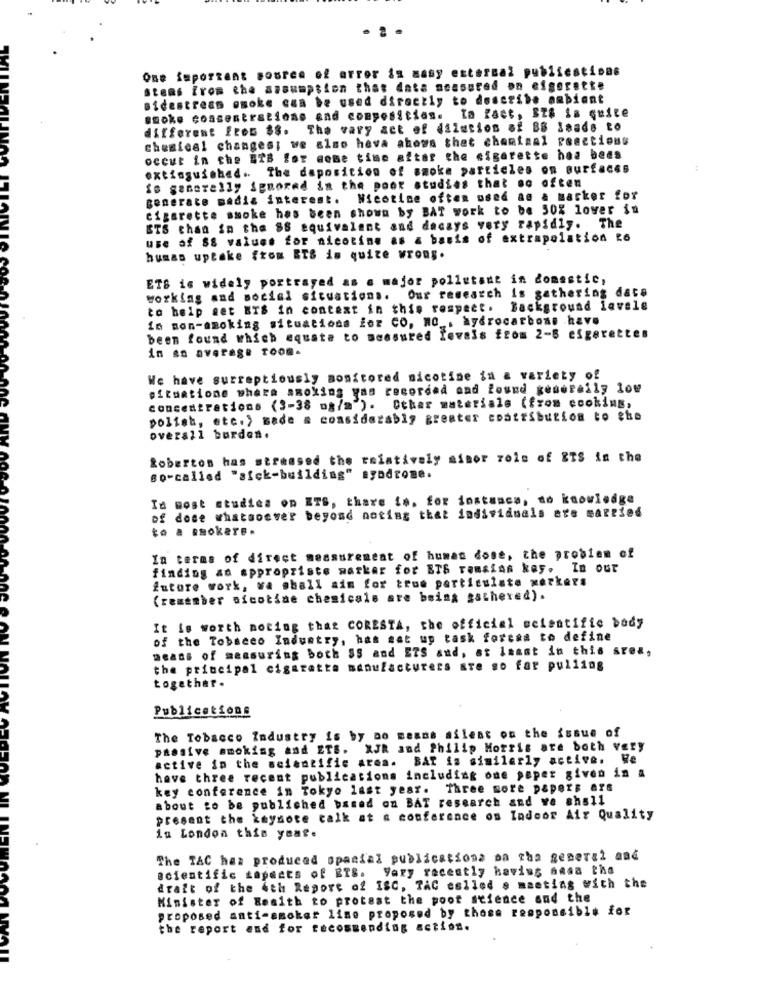
. . .
One important sosren of error is masy external publiestinas
stems from the assumption that data measured on eigerette
sidestream onoke cza be used directly to describe ambiant
onoke consentrations and composition. In fact, SZ# is quite
different from $8. The vary act of dilution af BB leads to
chemical changes; we also hava abows that chemical reactions
oceut in the ETB for mose time after the cigarette has been
extinguished .. The daposition of smoke particles on surfaces
Is generally ignored in the poor studies that so often
generate media interest. Nicotine often used an & marker for
cigarette smoke has been shown by BAT work to be 50% lower in
STS than in the SS equivalent and decays very rapidly. The
use af 88 values for nicotine as a basis of extrapolation 26
human uptake {tom ETS is quite wrong.
ETS is widely portrayed as a major pollutant in domestic,
working and social situations. Our research is gathering dass
to help set ETS in context in this respect. Background lavele
in non-smoking situations for Co, NO , hydrocarbons have
been found which equate to measured Invais from 2-5 efgerettes
in so average room.
We have surreptiously monitored nicotine in a variety of
situatione where smoking yas recorded and found generally low
concentrations (3-38 os/="). Other materials (from ecoking,
polist, etc.) sade s considerably greater coatribution to the
overall burden.
Roberton has stressed the raintively sinor rois of ITS in the
so-called "sick-building" syndrome.
In most studies on ITS, there is, for instance, no knowledge
of dose whatsoever beyond noting that individuals are married
to a smokere.
In terms of direct measurement of human done, the problem of
finding an appropriste marker for ETS ramsias key. In our
future work, wa shall aim for true particulate werkers
(remember nicotine chemicals are being gathered).
It is worth noting that CORESTA, the official scientific body
of the Tobacco Industry, has sat up task foresa to define
means of measuring both SS and ETS and, at least in this area,
the principal cigarette manufacturers are so far pulling
together.
Publications
The Tobacco Industry is by no means silent on the issue of
passive smoking and ETS. XJR and Philip Morris are both very
active in the scientific area. BAT is similarly active. We
have three recent publications including one paper given in a
key conference in Tokyo last year. Three more papers are
about to be publiched based on BAT research and we shall
present the keysote calk at a conference on Indoor Air Quality
in London this year.
The TAC has produced special publicationa oa zha general and
scientific tapeats of RIS. Fary recently haviss ansa the
draft of the 4th Report of ISC, TAC eslled s meeting with the
Minister of Health to protest the poot science and the
proposed anti-smoker line proposed by those responsible for
the report and for recommending action.